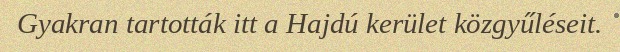
Gyakran tartották itt a Hajdú kerület közgyűléseit.